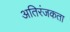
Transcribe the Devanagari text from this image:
अतिरंजकता